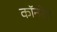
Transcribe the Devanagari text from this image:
कॉनरेल